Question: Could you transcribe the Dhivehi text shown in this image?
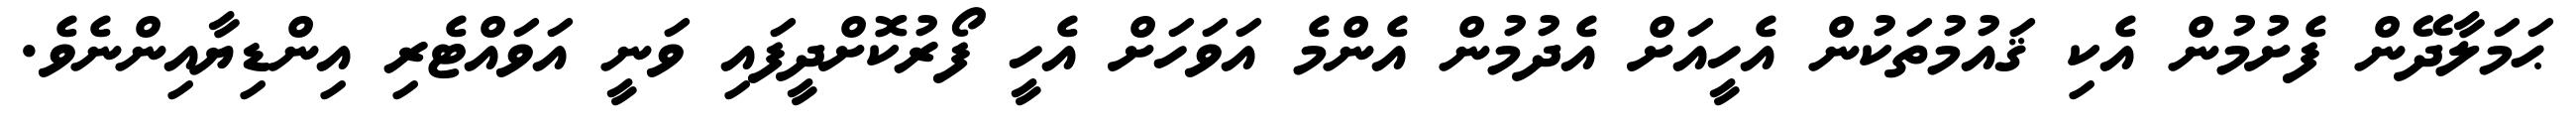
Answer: ޙަމަލާދޭން ފެށުމުން އެކި ޤައުމުތަކުން އެހީއަށް އެދުމުން އެންމެ އަވަހަށް އެހީ ފޯރުކޮށްދީފައި ވަނީ އަވައްޓެރި އިންޑިޔާއިންނެވެ.